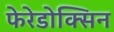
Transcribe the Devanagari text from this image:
फेरेडोक्सिन